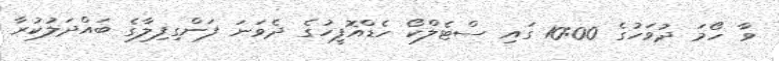
ވާ ހޯމަ ދުވަހުގެ 10:00 ގައި ސްޓެލްކޯ ހެޑްއޮފީހުގެ ދެވަނަ ފަންގިފިލާގެ ބައްދަލުކުރާ